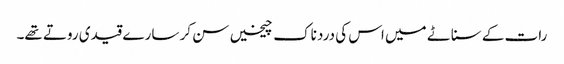
رات کے سناٹے میں اس کی درد ناک چیخیں سن کر سارے قیدی روتے تھے۔